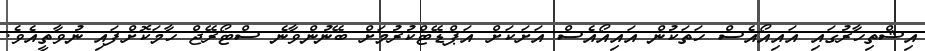
އިޝްތިހާރުގައި އައިއޯއެސް ހަތަކުން އައިއޯއެސް އަށަކަށް އަޕްޑޭޓްކުރުމަށް ބޭނުންވާނެ ސްޓޯރޭޖް ހާމަކޮށްފައި ނުވާތީއެވެ.